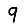
Digit: 9